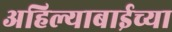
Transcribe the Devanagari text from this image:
अहिल्याबाईच्या